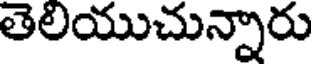
తెలయుచున్నారు